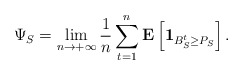
\begin{align*}\Psi_S = \lim_{n \to +\infty} \frac{1}{n} \sum_{t = 1}^{n} \mathbf{E} \left[ \mathbf{1}_{B_{S}^{t} \geq P_{S}} \right].\end{align*}